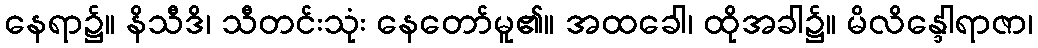
နေရာ၌။ နိသီဒိ၊ သီတင်းသုံး နေတော်မူ၏။ အထခေါ၊ ထိုအခါ၌။ မိလိန္ဒေါရာဇာ၊